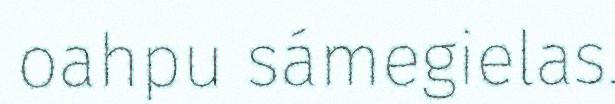
oahpu sámegielas.